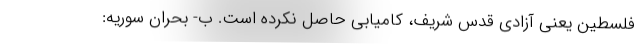
فلسطین یعنی آزادی قدس شریف، کامیابی حاصل نکرده است. ب- بحران سوریه: